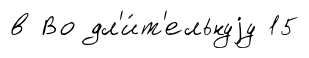
в Во дл'и́т'ельнуjу 15